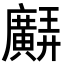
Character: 𢌊